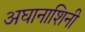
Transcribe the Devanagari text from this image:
अघानाशिनी